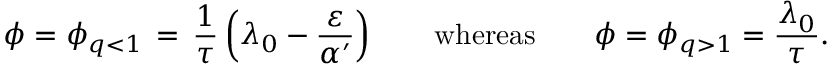
\phi = \phi _ { q < 1 } \, = \, \frac { 1 } { \tau } \left( \lambda _ { 0 } - \frac { \varepsilon } { \alpha ^ { \prime } } \right) \qquad \mathrm { w h e r e a s } \qquad \phi = \phi _ { q > 1 } = \frac { \lambda _ { 0 } } { \tau } .